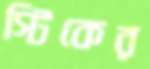
স্টিকের